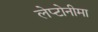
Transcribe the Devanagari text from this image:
लेप्टोनीमा